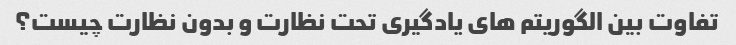
تفاوت بین الگوریتم های یادگیری تحت نظارت و بدون نظارت چیست؟